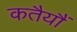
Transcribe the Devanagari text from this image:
कतैयौं